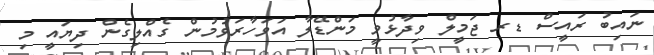
ނައިބު ރައީސް ޑރ ޖަމީލް ވިދާޅުވީ މަންޑޭލާ އަވަހާރަވުމުން ގެއްލިގެން ދިޔައީ މި